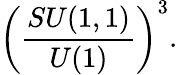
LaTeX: \left(\frac{SU(1,1)}{U(1)}\right)^{3}.